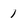
Character: 1